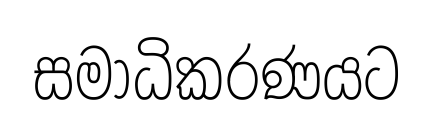
සමාධිකරණයට